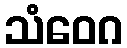
သံဝေဂ